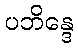
ပဘိန္ဒေ